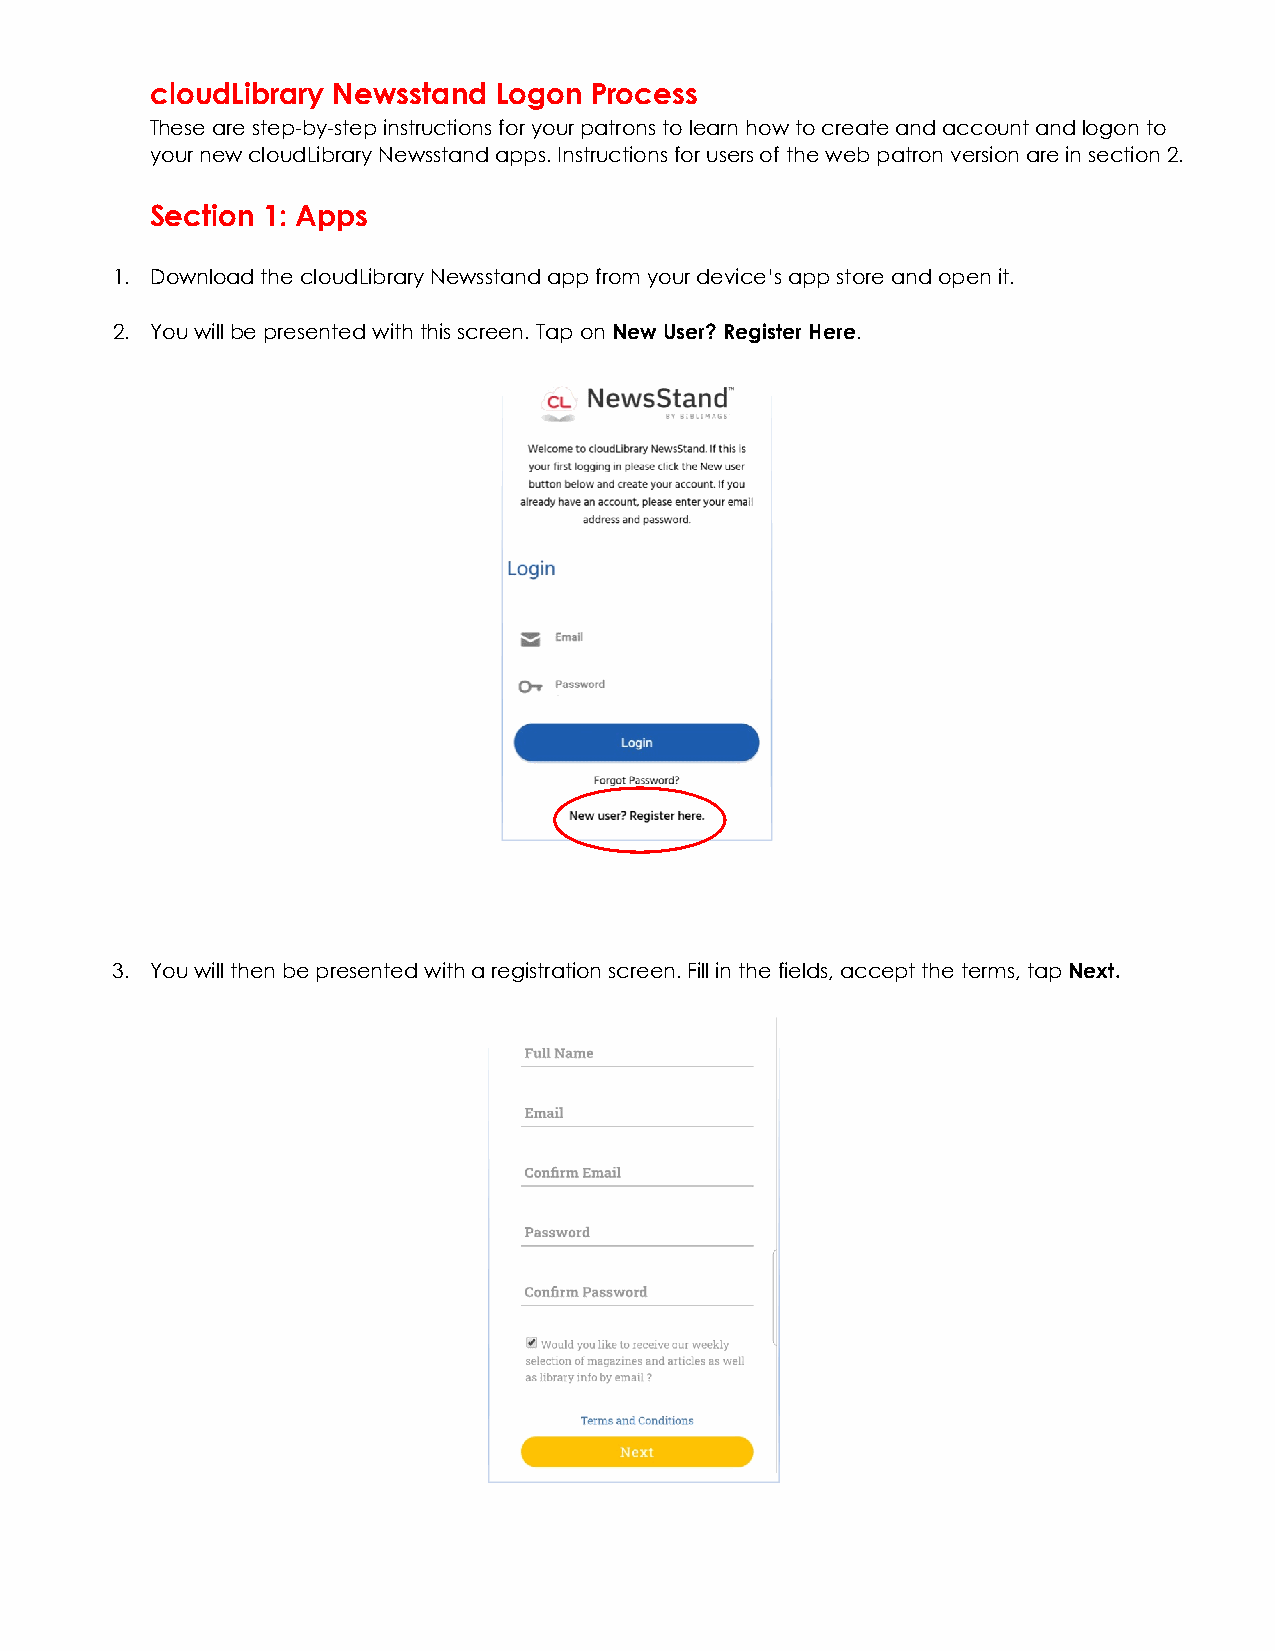
cloudLibrary Newsstand Logon Process
 These are step-by-step instructions for your patrons to learn how to create and account and logon to
 your new cloudLibrary Newsstand apps. Instructions for users of the web patron version are in section 2.
 Section 1: Apps
 1. Download the cloudLibrary Newsstand app from your device’s app store and open it.
 2. You will be presented with this screen. Tap on New User? Register Here.
 3. You will then be presented with a registration screen. Fill in the fields, accept the terms, tap Next.